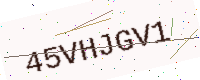
Text: 45VHJGV1